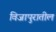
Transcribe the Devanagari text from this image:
विजापुरातील